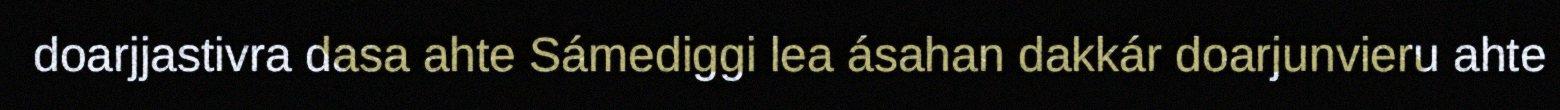
doarjjastivra dasa ahte Sámediggi lea ásahan dakkár doarjunvieru ahte